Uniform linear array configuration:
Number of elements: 8
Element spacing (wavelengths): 0.75
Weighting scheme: cosine
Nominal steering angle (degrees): -45
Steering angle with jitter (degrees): -45.256
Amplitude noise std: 0.05
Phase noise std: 0.05

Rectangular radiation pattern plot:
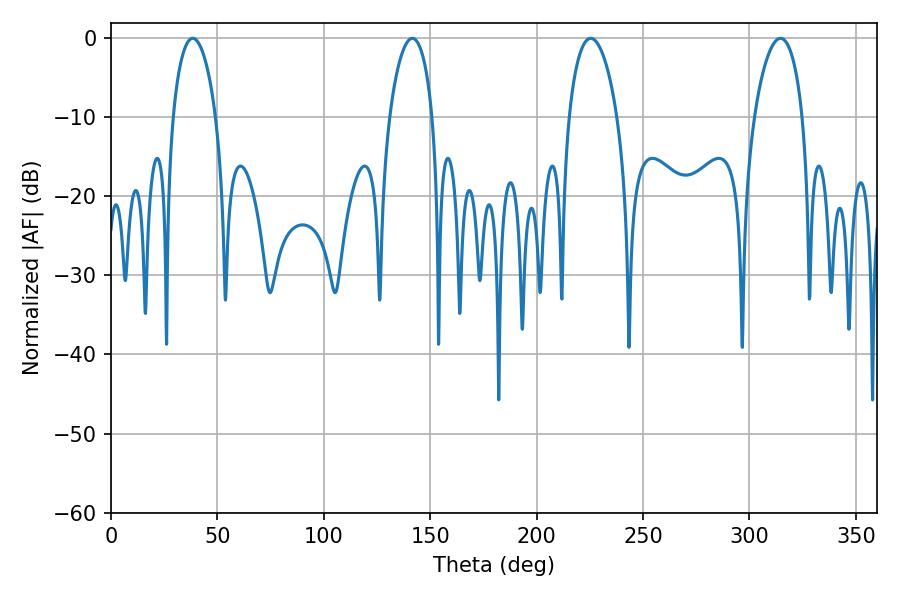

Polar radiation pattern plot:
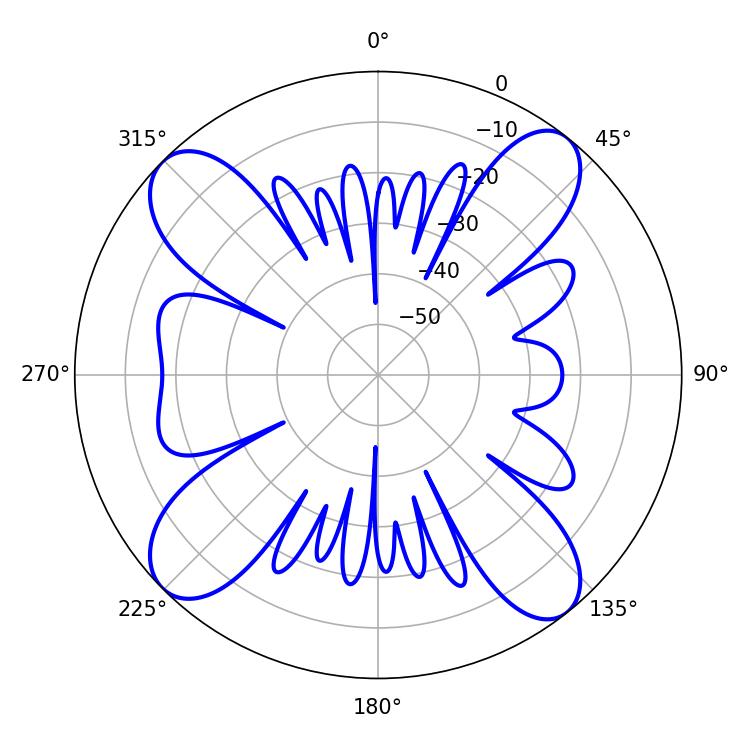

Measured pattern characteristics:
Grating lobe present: TRUE
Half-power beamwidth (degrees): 12.96
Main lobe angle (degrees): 225.36